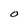
Character: O